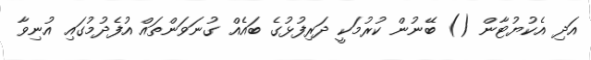
އަދި އެކުޔުޓާން () ބޭނުން ކުރުމަކީ ދަރިފުޅުގެ ބައެއް ގުނަވަންތައް އުފެދުމުގައި އުނިވާ